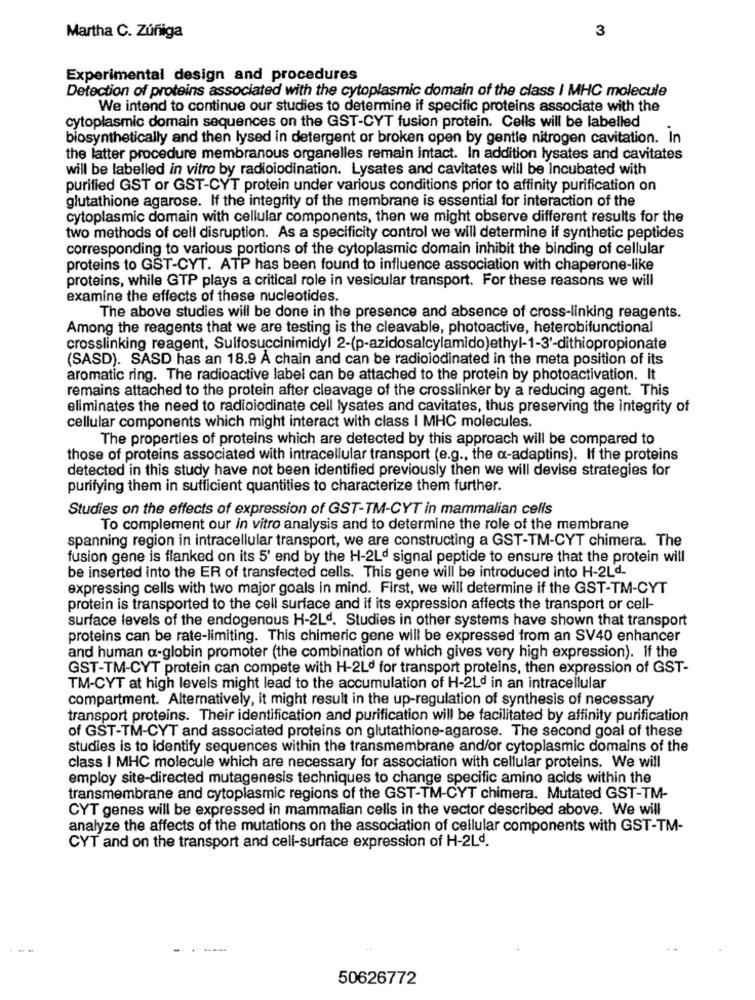
3
Martha C. Zúñiga
Experimental design and procedures
Detection of proteins associated with the cytoplasmic domain of the class I MHC molecule
We intend to continue our studies to determine if specific proteins associate with the
cytoplasmic domain sequences on the GST-CYT fusion protein. Cells will be labelled
biosynthetically and then lysed in detergent or broken open by gentle nitrogen cavitation. In
the latter procedure membranous organelles remain intact. In addition lysates and cavitates
will be labelled in vitro by radioiodination. Lysates and cavitates will be Incubated with
purified GST or GST-CYT protein under various conditions prior to affinity purification on
glutathione agarose. If the integrity of the membrane is essential for interaction of the
cytoplasmic domain with cellular components, then we might observe different results for the
two methods of cell disruption. As a specificity control we will determine if synthetic peptides
corresponding to various portions of the cytoplasmic domain inhibit the binding of cellular
proteins to GST-CYT. ATP has been found to influence association with chaperone-like
proteins, while GTP plays a critical role in vesicular transport. For these reasons we will
examine the effects of these nucleotides.
The above studies will be done in the presence and absence of cross-linking reagents.
Among the reagents that we are testing is the cleavable, photoactive, heterobifunctional
crosslinking reagent, Sulfosuccinimidyl 2-(p-azidosalcylamido)ethyl-1-3'-dithiopropionate
(SASD). SASD has an 18.9 A chain and can be radiolodinated in the meta position of its
aromatic ring. The radioactive label can be attached to the protein by photoactivation. It
remains attached to the protein after cleavage of the crosslinker by a reducing agent. This
eliminates the need to radioiodinate cell lysates and cavitates, thus preserving the integrity of
cellular components which might interact with class | MHC molecules.
The properties of proteins which are detected by this approach will be compared to
those of proteins associated with intracellular transport (e.g ., the a-adaptins). If the proteins
detected in this study have not been identified previously then we will devise strategies for
purifying them in sufficient quantities to characterize them further.
Studies on the effects of expression of GST-TM-CYT in mammalian cells
To complement our in vitro analysis and to determine the role of the membrane
spanning region in intracellular transport, we are constructing a GST-TM-CYT chimera. The
fusion gene is flanked on its 5' end by the H-2Ld signal peptide to ensure that the protein will
be inserted into the ER of transfected cells. This gene will be introduced into H-2Ld.
expressing cells with two major goals in mind. First, we will determine if the GST-TM-CYT
protein is transported to the cell surface and if its expression affects the transport or cell-
surface levels of the endogenous H-2Ld. Studies in other systems have shown that transport
proteins can be rate-limiting. This chimeric gene will be expressed from an SV40 enhancer
and human a-globin promoter (the combination of which gives very high expression). If the
GST-TM-CYT protein can compete with H-2Ld for transport proteins, then expression of GST-
TM-CYT at high levels might lead to the accumulation of H-2Ld in an intracellular
compartment. Alternatively, it might result in the up-regulation of synthesis of necessary
transport proteins. Their identification and purification will be facilitated by affinity purification
of GST-TM-CYT and associated proteins on glutathione-agarose. The second goal of these
studies is to identify sequences within the transmembrane and/or cytoplasmic domains of the
class | MHC molecule which are necessary for association with cellular proteins. We will
employ site-directed mutagenesis techniques to change specific amino acids within the
transmembrane and cytoplasmic regions of the GST-TM-CYT chimera. Mutated GST-TM-
CYT genes will be expressed in mammalian cells in the vector described above. We will
analyze the affects of the mutations on the association of cellular components with GST-TM-
CYT and on the transport and cell-surface expression of H-2Ld.
50626772